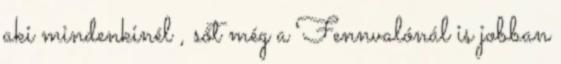
aki mindenkinél , sőt még a Fennvalónál is jobban